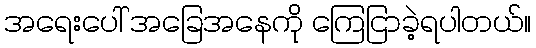
အရေးပေါ် အခြေအနေကို ကြေငြာခဲ့ရပါတယ်။